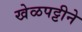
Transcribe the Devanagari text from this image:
खेळपट्टीने